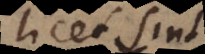
licet sint